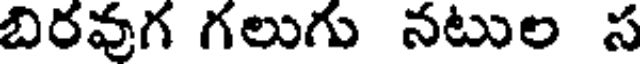
బిరవుగ గలుగు నటుల స